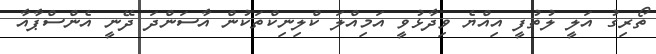
ތޯރިގު އަލީ ލުތުފީ އިއްޔެ ވިދާޅުވީ އަމިއްލަ ކްލިނިކްތަކުން އާސަންދަ ދޭނީ އެންސްޕާއާ